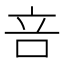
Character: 咅